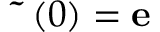
{ \bf { \tilde { \rho } } } ( 0 ) = { \bf e }